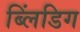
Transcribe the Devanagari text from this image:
ब्लिंडिग